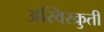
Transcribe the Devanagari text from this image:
अस्विस्क्रुती